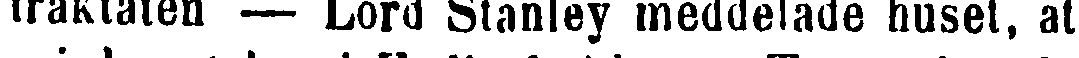
traktaten — Lord Stanley meddelade huset, at